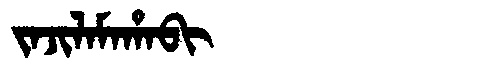
Manchu: ᠵᠠᠵᡳᠯᠠᠮᠠᡥᠠᠪᡳ
Romanization: JAJILAMAHABI